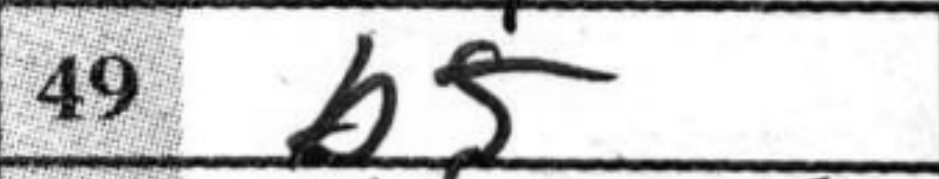
Transcription: b5